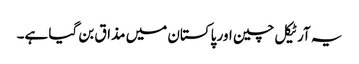
یہ آرٹیکل چین اور پاکستان میں مذاق بن گیا ہے۔